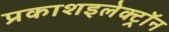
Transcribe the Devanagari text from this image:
प्रकाशइलेक्ट्रॉन